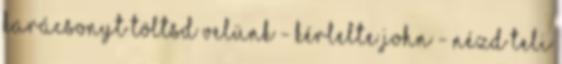
Karácsonyt töltsd velünk - kérlelte John - Nézd teli